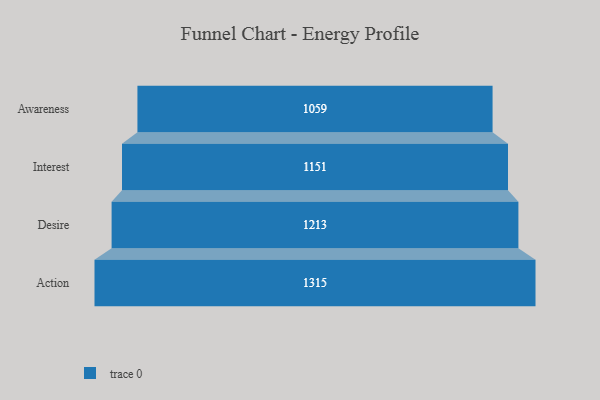
{"axis": {"x": "Stage", "y": "Value"}, "legend": [""], "data": [{"x": "Awareness", "y": 1059.0, "type": ""}, {"x": "Interest", "y": 1151.0, "type": ""}, {"x": "Desire", "y": 1213.0, "type": ""}, {"x": "Action", "y": 1315.0, "type": ""}]}